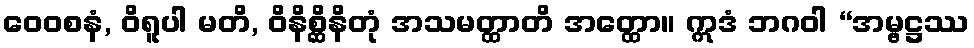
ဝေဝစနံ, ဝိရူပါ မတိ, ဝိနိစ္ဆိနိတုံ အသမတ္ထာတိ အတ္ထော။ ဣဒံ ဘဂဝါ “အမ္ဗဋ္ဌဿ